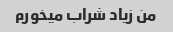
من زیاد شراب میخورم